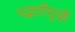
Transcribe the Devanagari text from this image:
पद्धतीमुळें